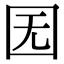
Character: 𡆶